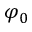
\varphi _ { 0 }